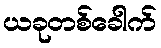
ယခုတစ်ခေါက်